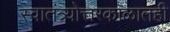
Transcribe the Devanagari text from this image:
स्वातंत्र्योत्तरकाळातही